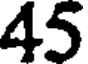
45